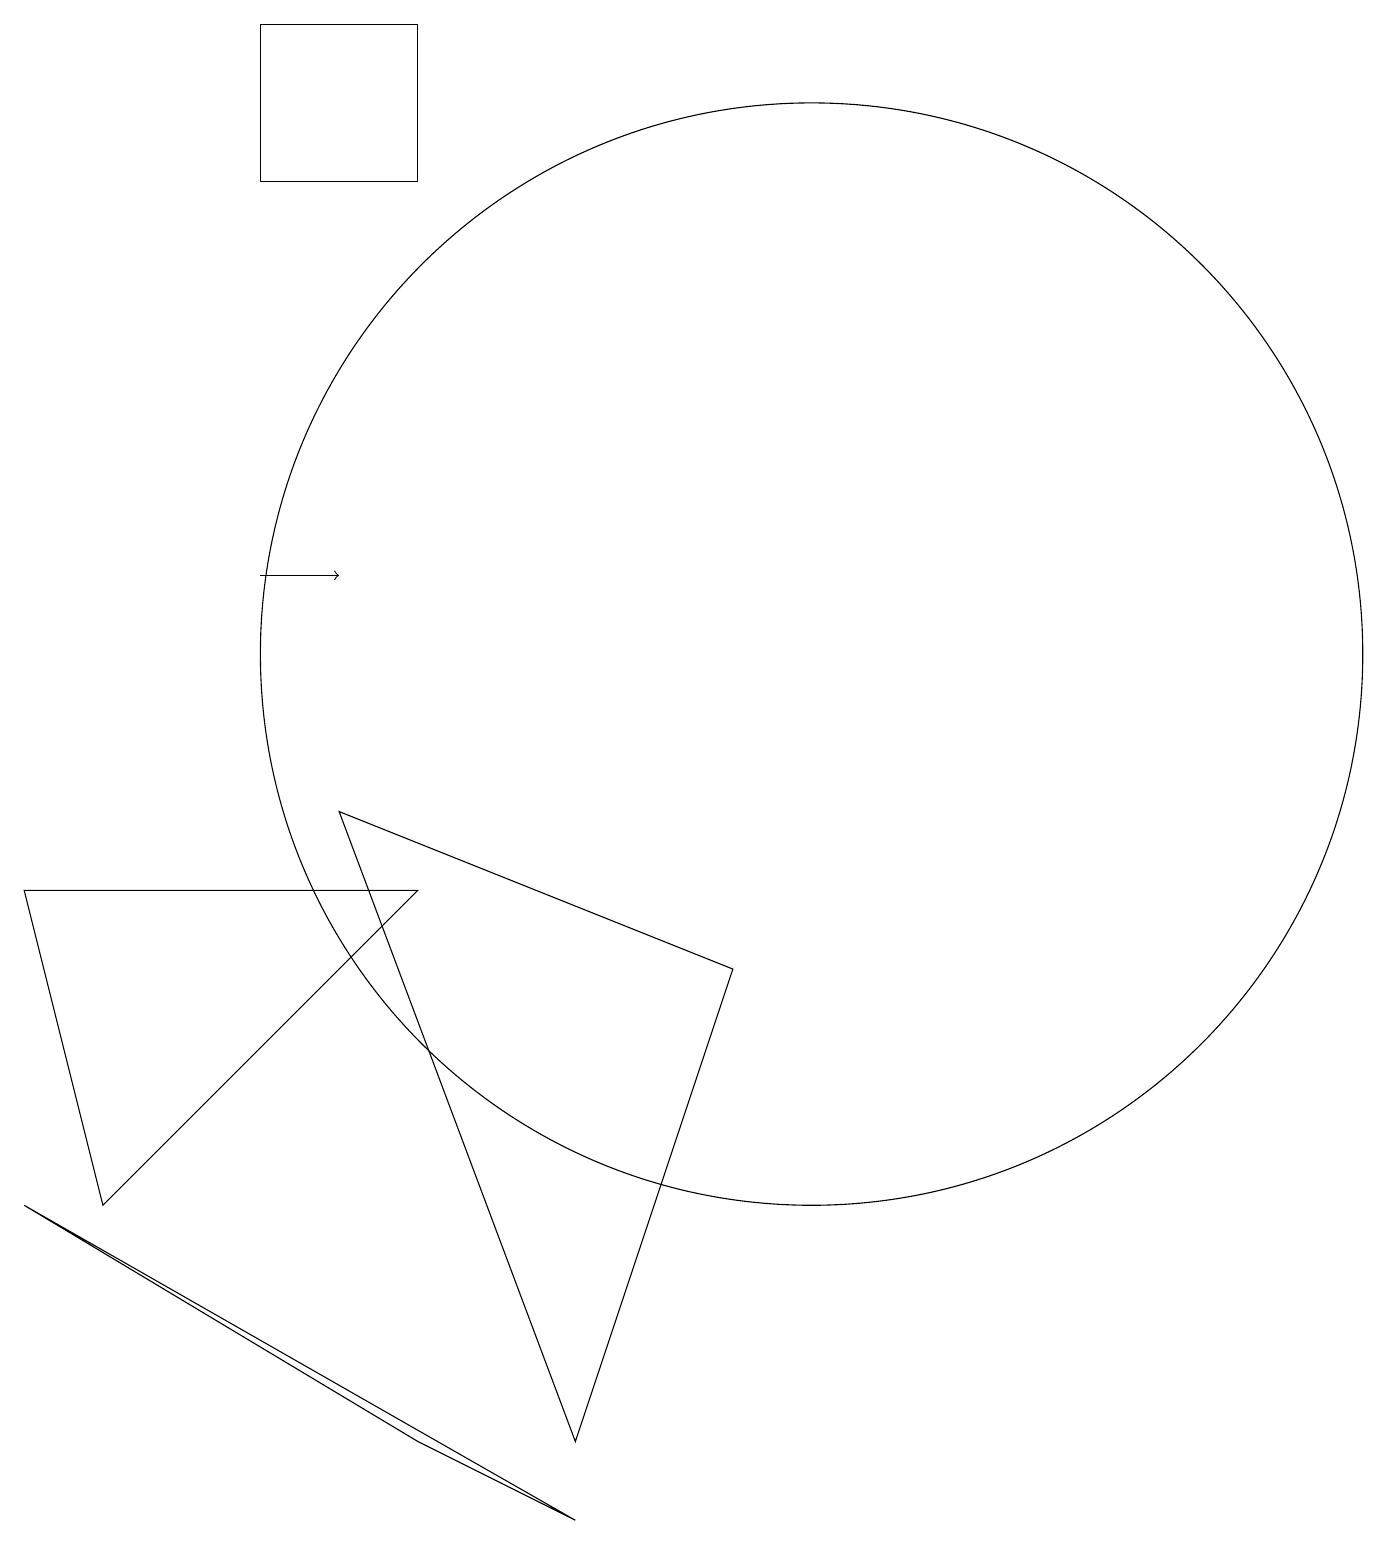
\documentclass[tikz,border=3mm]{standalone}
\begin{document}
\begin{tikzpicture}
\draw[->] (3,12) -- (4,12);
\draw (7,1) -- (4,9) -- (9,7) -- cycle;
\draw (10,11) circle (7);
\draw (0,8) -- (5,8) -- (1,4) -- cycle;
\draw (5,19) rectangle (3,17);
\draw (5,1) -- (7,0) -- (0,4) -- cycle;
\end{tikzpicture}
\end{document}